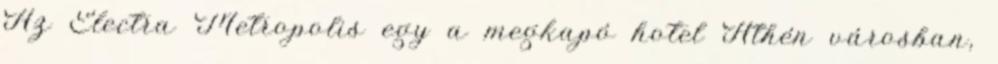
Az Electra Metropolis egy a megkapó hotel Athén városban,